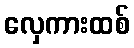
လှေကားထစ်